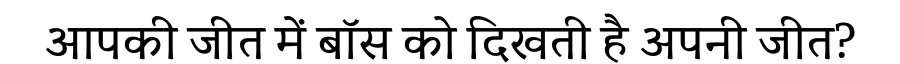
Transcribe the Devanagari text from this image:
आपकी जीत में बॉस को दिखती है अपनी जीत?